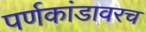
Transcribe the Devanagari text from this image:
पर्णकांडावरच